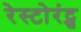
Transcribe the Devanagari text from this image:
रेस्टोरंट्स